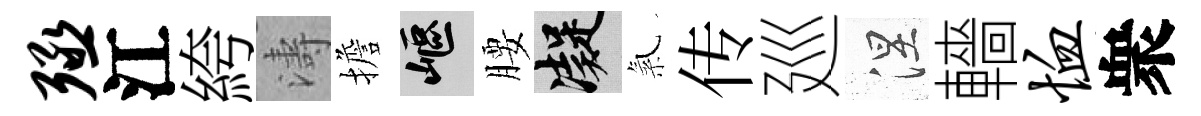
殛江絝濤擔嶇腰凝氣传廵涅轖恤衆